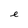
Character: e